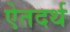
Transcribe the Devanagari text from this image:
ऐतदर्थ